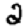
Digit: 2